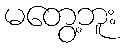
မတွေ့ဘူး